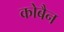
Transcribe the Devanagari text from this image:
कोबैन